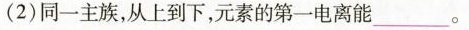
(2)同一主族，从上到下，元素的第一电离能___。